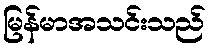
မြန်မာအသင်းသည်